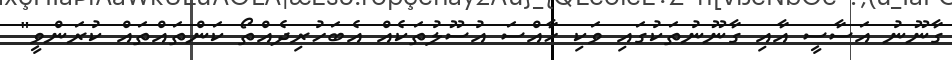
ގާނޫނު އަސާސީ އާއި ގާނޫނުތަކުގައި ވަކި ހާއްސަ އުސޫލުތަކެއް އެބަހުރިދެއްތޯ ކަންތައްތައް ކުރަންވީ"